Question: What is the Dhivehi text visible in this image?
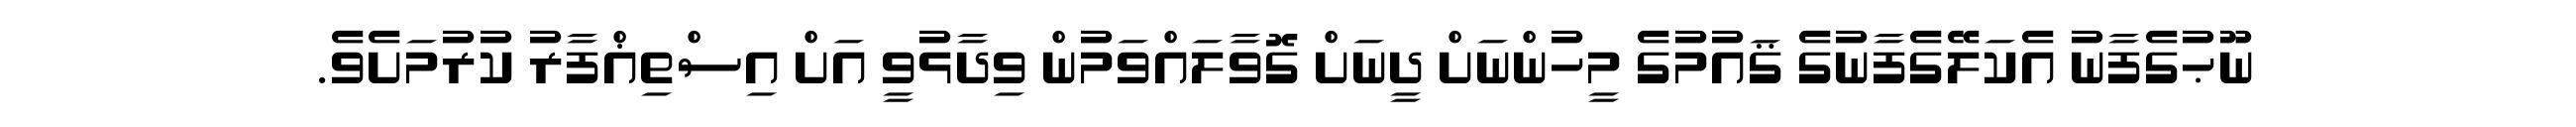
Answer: ނޫޙުގެފާނު އެކަލޭގެފާނުގެ ޤައުމުގެ މީހުންނަށް ދީނަށް ގޮވާލައްވަމުން ވިދާޅުވީ އަށް އިސްތިޣްފާރު ކުރުމަށެވެ.